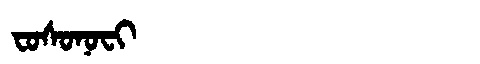
Manchu: ᠸᠣᠰᠣᠨᠣᠸᡳ
Romanization: FOSONOFI